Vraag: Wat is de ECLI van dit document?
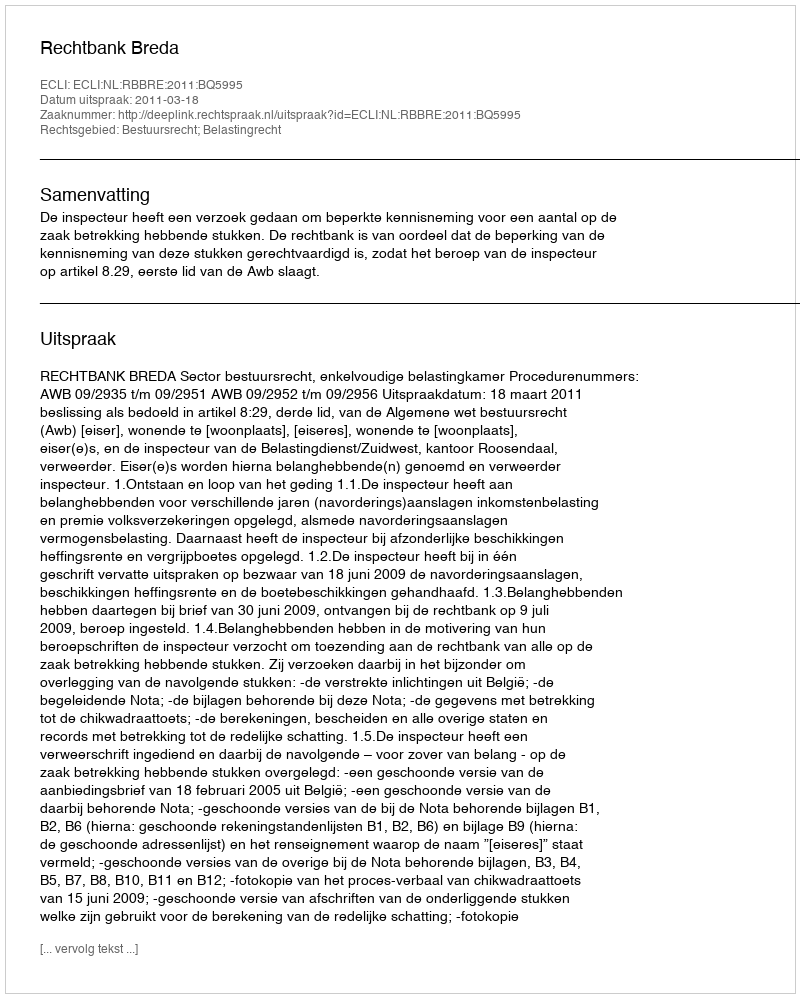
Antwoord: ECLI:NL:RBBRE:2011:BQ5995